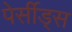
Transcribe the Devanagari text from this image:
पेर्सीड्स